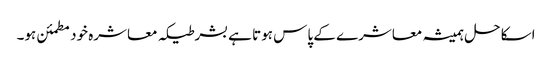
اسکا حل ہمیشہ معاشرے کے پاس ہوتا ہے بشرطیکہ معاشرہ خود مطمئن ہو۔